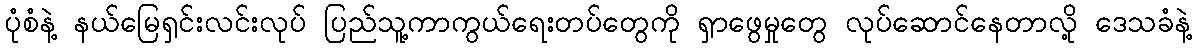
ပုံစံနဲ့ နယ်မြေရှင်းလင်းလုပ် ပြည်သူ့ကာကွယ်ရေးတပ်တွေကို ရှာဖွေမှုတွေ လုပ်ဆောင်နေတာလို့ ဒေသခံနဲ့